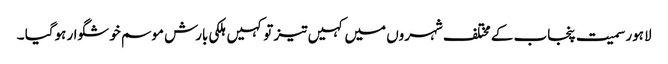
لاہور سمیت پنجاب کے مختلف شہروں میں کہیں تیز تو کہیں ہلکی بارش موسم خوشگوار ہوگیا ۔